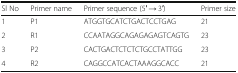
<table><thead><tr><td><b>Sl No</b></td><td><b>Primer name</b></td><td><b>Primer sequence (5′ → 3′)</b></td><td><b>Primer size</b></td></tr></thead><tbody><tr><td>1</td><td>P1</td><td>ATGGTGCATCTGACTCCTGAG</td><td>21</td></tr><tr><td>2</td><td>R1</td><td>CCAATAGGCAGAGAGAGTCAGTG</td><td>23</td></tr><tr><td>3</td><td>P2</td><td>CACTGACTCTCTCTGCCTATTGG</td><td>23</td></tr><tr><td>4</td><td>R2</td><td>CAGGCCATCACTAAAGGCACC</td><td>21</td></tr></tbody></table>